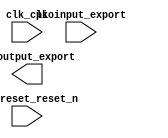

module unsaved (
	clk_clk,
	clk_reset_reset_n,
	pioinput_export,
	piooutput_export);	

	input		clk_clk;
	input		clk_reset_reset_n;
	input	[7:0]	pioinput_export;
	output	[7:0]	piooutput_export;
endmodule